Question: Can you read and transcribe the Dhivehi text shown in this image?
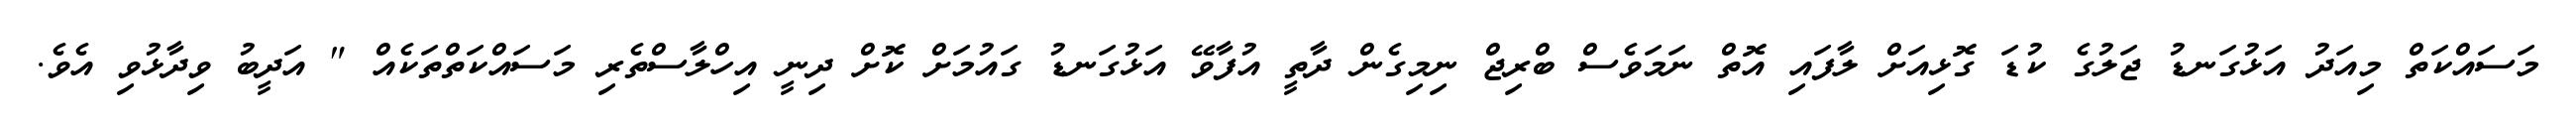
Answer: މަސައްކަތް މިއަދު އަޅުގަނޑު ޖަލުގެ ކުޑަ ގޮޅިއަށް ލާފައި އޮތް ނަމަވެސް ބްރިޖް ނިމިގެން ދާތީ އުފާވޭ އަޅުގަނޑު ގައުމަށް ކޮށް ދިނީ އިހްލާސްތެރި މަސައްކަތްތަކެއް " އަދީބު ވިދާޅުވި އެވެ.